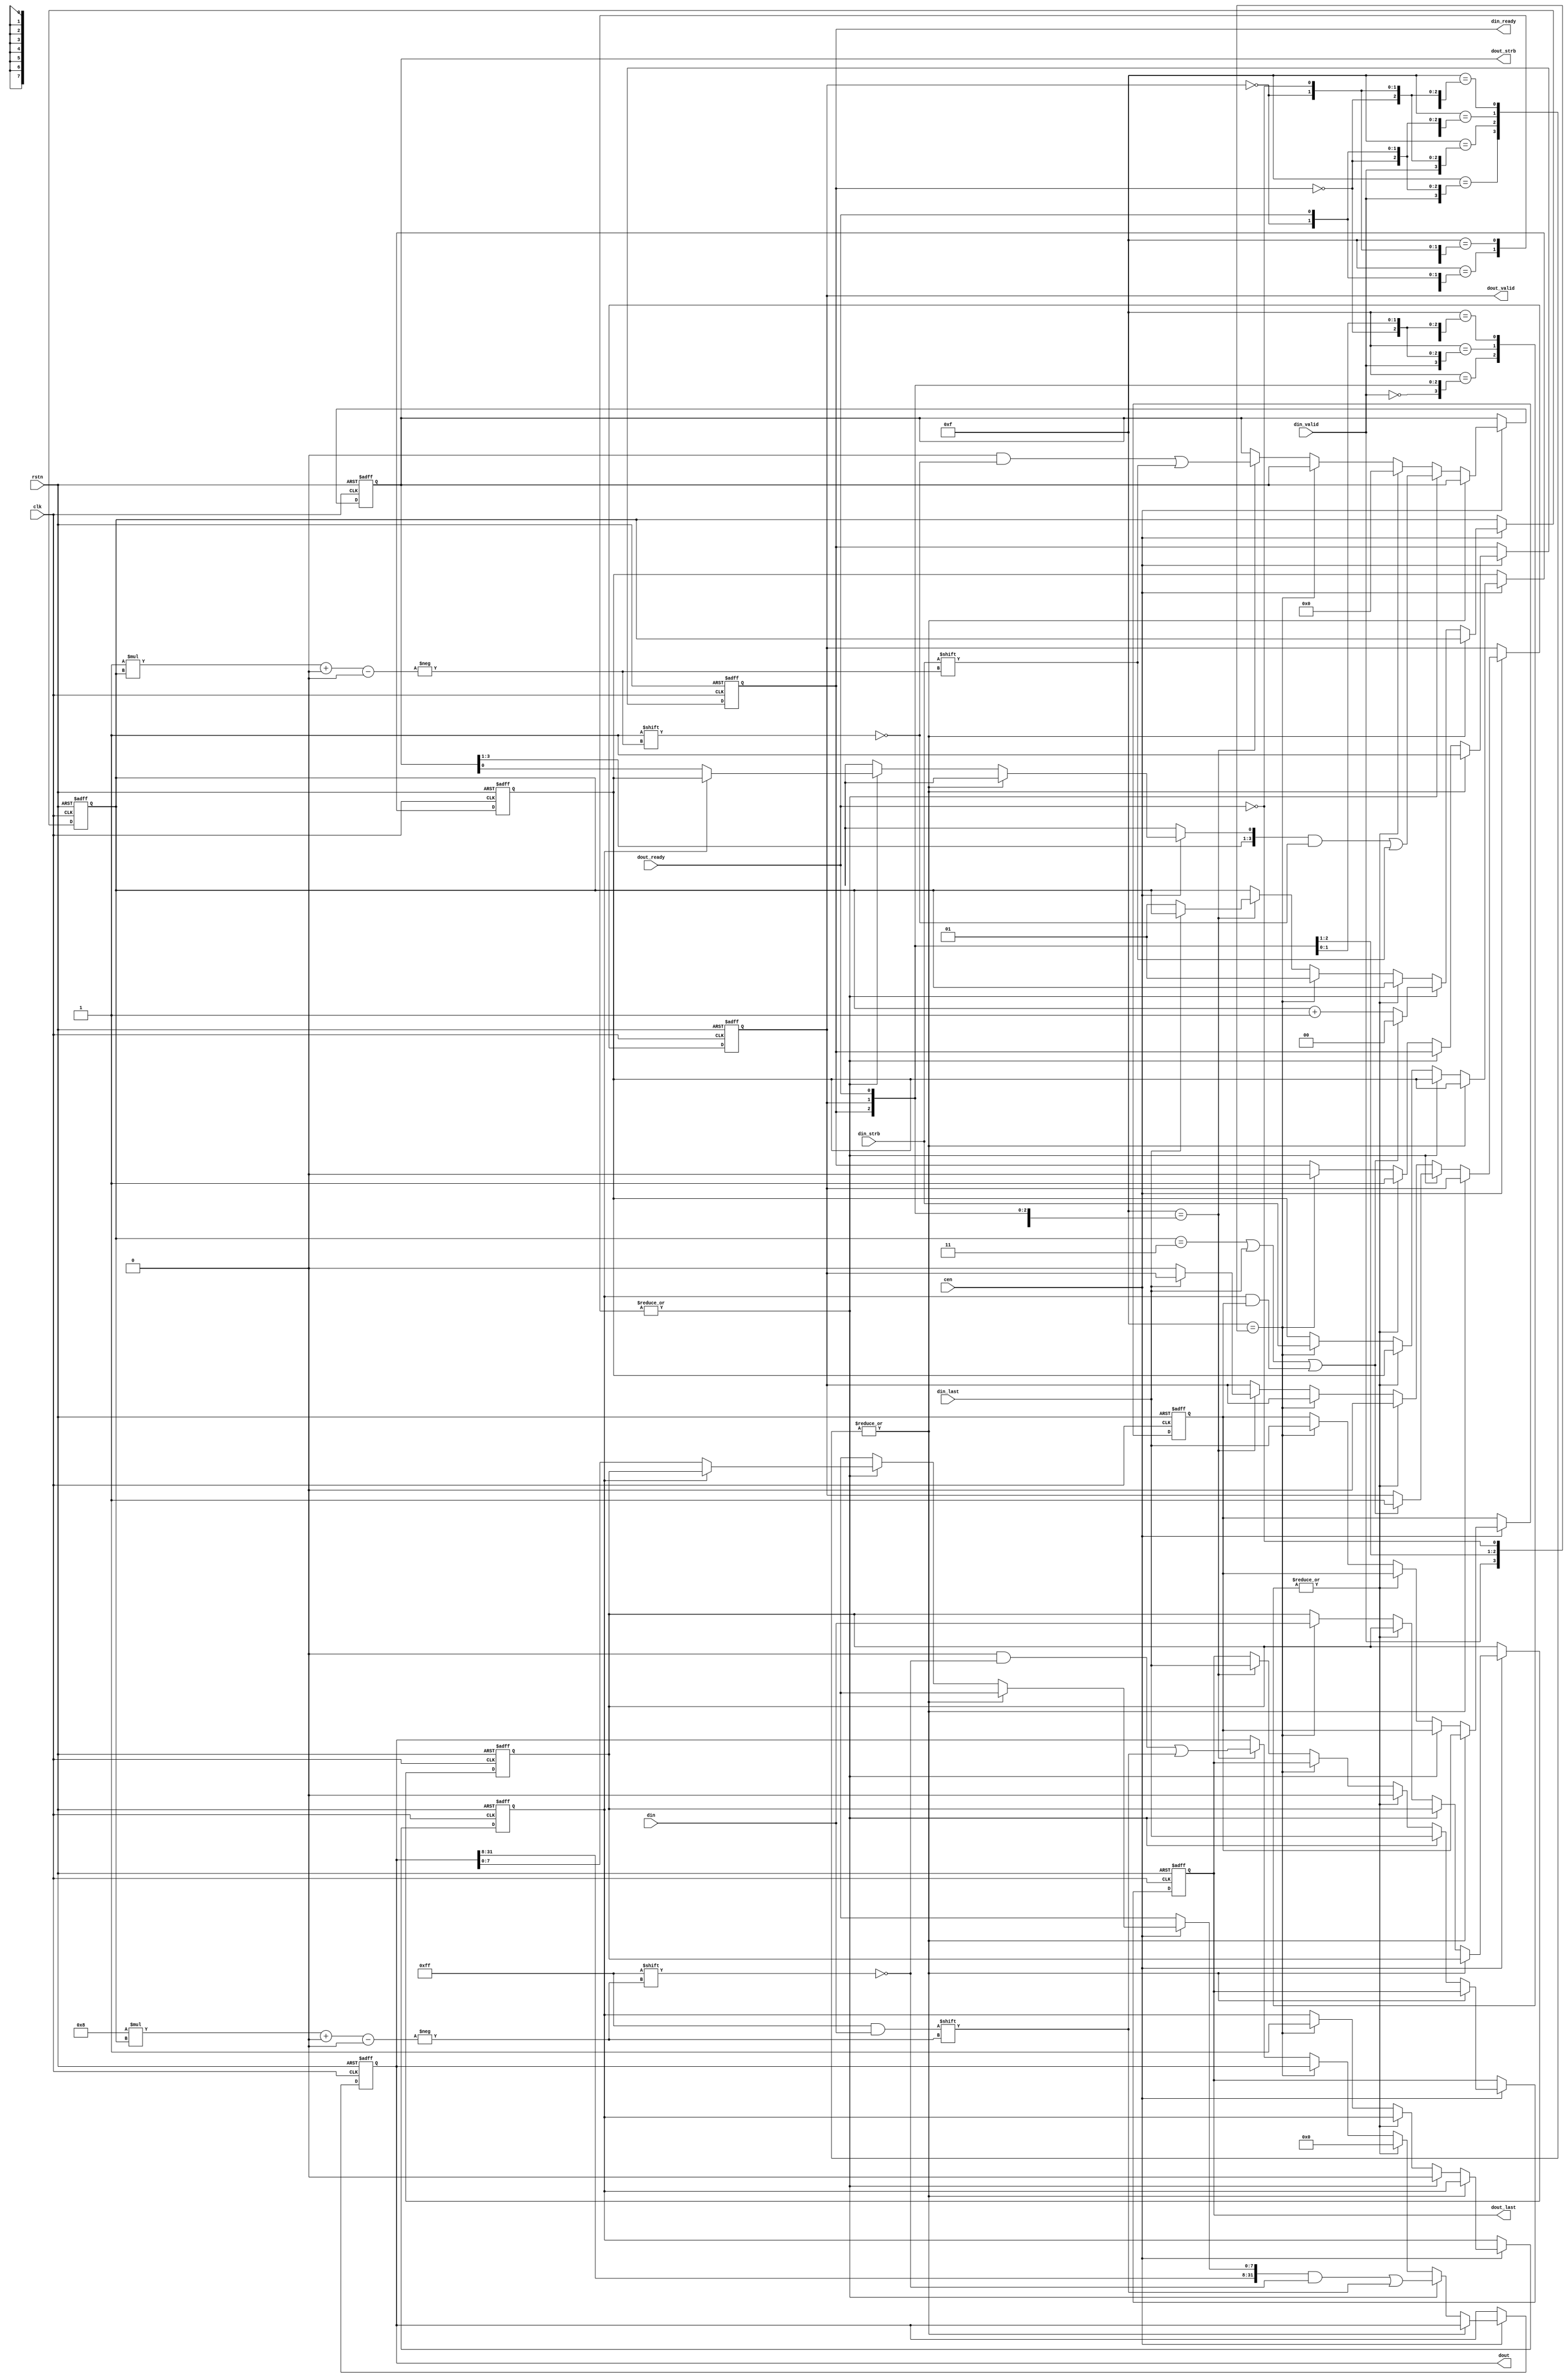
/* 
 * ----------------------------------------------------------------------------
 *  Project:  Generic
 *  Purpose:  High performance up width converter.
 * ----------------------------------------------------------------------------
 *  Copyright  2020-2021, Vaagn Oganesyan <ovgn@protonmail.com>
 *  
 *  Licensed under the Apache License, Version 2.0 (the "License");
 *  you may not use this file except in compliance with the License.
 *  You may obtain a copy of the License at
 *  
 *      http://www.apache.org/licenses/LICENSE-2.0
 *  
 *  Unless required by applicable law or agreed to in writing, software
 *  distributed under the License is distributed on an "AS IS" BASIS,
 *  WITHOUT WARRANTIES OR CONDITIONS OF ANY KIND, either express or implied.
 *  See the License for the specific language governing permissions and
 *  limitations under the License.
 * ----------------------------------------------------------------------------
 */


module up_width_conv #
(
    parameter DIN_WIDTH  = 8,
    parameter DOUT_WIDTH = 32
)
(
    input   wire                            clk,
    input   wire                            cen,
    input   wire                            rstn,
    
    input   wire    [DIN_WIDTH - 1:0]       din,
    input   wire    [DIN_WIDTH/8 - 1:0]     din_strb,
    input   wire                            din_last,
    input   wire                            din_valid,
    output  reg                             din_ready,
    
    output  reg     [DOUT_WIDTH - 1:0]      dout,
    output  reg     [DOUT_WIDTH/8 - 1:0]    dout_strb,
    output  reg                             dout_last,
    output  reg                             dout_valid,
    input   wire                            dout_ready
);

/*-------------------------------------------------------------------------------------------------------------------------------------*/

    generate
        if ((DIN_WIDTH  < 1)                ||
            (DOUT_WIDTH < 1)                ||
            ((DOUT_WIDTH % 8) != 0)         ||
            ((DIN_WIDTH  % 8) != 0)         ||
            (DOUT_WIDTH <= DIN_WIDTH)       ||
            ((DOUT_WIDTH % DIN_WIDTH) != 0)) begin
            /* Invalid parameter, force error */
            INVALID_PARAMETER invalid_parameters_msg();
        end
    endgenerate

/*-------------------------------------------------------------------------------------------------------------------------------------*/

    function integer clog2;
        input integer value;
        integer i;
        begin
            clog2 = 0;
            for (i = 0; 2**i < value; i = i + 1) begin
                clog2 = i + 1;
            end
        end
    endfunction

/*-------------------------------------------------------------------------------------------------------------------------------------*/
    
    localparam  WIDTH_RATIO = DOUT_WIDTH / DIN_WIDTH;
    localparam  DATA_CNT_WIDTH = clog2(WIDTH_RATIO);
    
    
    reg     [DIN_WIDTH - 1:0]       temp_din;
    reg     [DIN_WIDTH/8 - 1:0]     temp_strb;
    reg                             temp_last;
    reg                             temp_valid;
    reg     [DATA_CNT_WIDTH - 1:0]  data_cnt;
    
    wire [3:0] state = { din_valid,  din_ready,  dout_valid,  dout_ready};
    
    
    always @(posedge clk or negedge rstn) begin
        if (~rstn) begin
            dout       <= {DOUT_WIDTH{1'b0}};
            dout_strb  <= {DOUT_WIDTH/8{1'b0}};
            dout_last  <= 1'b0;
            dout_valid <= 1'b0;
            
            temp_din   <= {DOUT_WIDTH{1'b0}};
            temp_strb  <= {DOUT_WIDTH/8{1'b0}};
            temp_last  <= 1'b0;
            temp_valid <= 1'b0;
            
            data_cnt   <= {DATA_CNT_WIDTH{1'b0}};
            din_ready  <= 1'b1;
        end else begin
            if (cen) begin
                case (4'b1111)
                    
                    /* No data under conversion, get ready to accept new word */
                    {~din_valid, ~din_ready, ~dout_valid, ~dout_ready},
                    {~din_valid, ~din_ready, ~dout_valid,  dout_ready},
                    { din_valid, ~din_ready, ~dout_valid, ~dout_ready},
                    { din_valid, ~din_ready, ~dout_valid,  dout_ready}: begin
                        din_ready <= 1'b1;
                    end
                    
                    /* Got new word for conversion */
                    { din_valid,  din_ready, ~dout_valid, ~dout_ready},
                    { din_valid,  din_ready, ~dout_valid,  dout_ready}: begin
                        if (temp_valid) begin
                            temp_valid <= 1'b0;
                            dout[0 +: DIN_WIDTH]        <= temp_din;
                            dout_strb[0 +: DIN_WIDTH/8] <= temp_strb;
                            dout_last                   <= temp_last;
                        end
                        
                        dout[DIN_WIDTH * data_cnt +: DIN_WIDTH] <= din;
                        dout_strb[DIN_WIDTH/8 * data_cnt +: DIN_WIDTH/8] <= din_strb;
                        dout_last  <= din_last;
                        
                        if ((data_cnt == WIDTH_RATIO - 1) || din_last || (temp_valid & temp_last)) begin
                            data_cnt   <= {DATA_CNT_WIDTH{1'b0}};
                            dout_valid <= 1'b1;
                        end else begin
                            data_cnt <= data_cnt + 1'b1;
                        end
                    end
                    
                    /* Waiting for converted data to be sent */
                    {~din_valid, ~din_ready,  dout_valid,  dout_ready},
                    { din_valid, ~din_ready,  dout_valid,  dout_ready},
                    
                    /* Waiting for converted data to be sent and ready for new word */
                    {~din_valid,  din_ready,  dout_valid,  dout_ready}: begin
                        din_ready  <= 1'b1;
                        dout       <= {DOUT_WIDTH{1'b0}};
                        dout_strb  <= {DOUT_WIDTH/8{1'b0}};
                        dout_last  <= 1'b0;
                        dout_valid <= 1'b0;
                    end
                    
                    /* Converted data is not sent yet, but new word should be accepted */
                    { din_valid,  din_ready,  dout_valid, ~dout_ready}: begin
                        temp_din   <= din;
                        temp_strb  <= din_strb;
                        temp_last  <= din_last;
                        temp_valid <= 1'b1;
                        data_cnt   <= 'd1;
                        din_ready  <= 1'b0;
                    end
                    
                     /* Got new word for conversion, while converted data was sent */
                    { din_valid,  din_ready,  dout_valid,  dout_ready}: begin
                        dout       <= {DOUT_WIDTH{1'b0}};
                        dout_strb  <= {DOUT_WIDTH/8{1'b0}};
                        dout_last  <= 1'b0;
                        
                        dout[DIN_WIDTH * data_cnt +: DIN_WIDTH] <= din;
                        dout_strb[DIN_WIDTH/8 * data_cnt +: DIN_WIDTH/8] <= din_strb;
                        dout_last <= din_last;
                        
                        if (~din_last) begin
                            data_cnt   <= 'd1;
                            dout_valid <= 1'b0;
                        end
                    end
                    
                    /* Waiting for converted data to be sent */
                    {~din_valid, ~din_ready,  dout_valid, ~dout_ready},
                    { din_valid, ~din_ready,  dout_valid, ~dout_ready},
                    
                    /* Waiting for converted data to be sent and new incoming word */
                    {~din_valid,  din_ready,  dout_valid, ~dout_ready},
                    
                    /* Waiting for new incoming word */
                    {~din_valid,  din_ready, ~dout_valid, ~dout_ready},
                    {~din_valid,  din_ready, ~dout_valid,  dout_ready}: begin
                        /* Nothing to do */
                    end
                    
                endcase
            end
        end
    end
    
/*-------------------------------------------------------------------------------------------------------------------------------------*/
    
endmodule